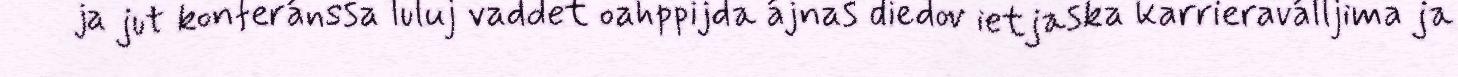
ja jut konferánssa luluj vaddet oahppijda ájnas diedov ietjaska karrieraválljima ja